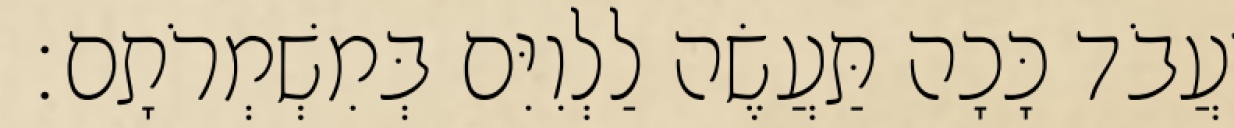
יַעֲבֹד כָּכָה תַּעֲשֶׂה לַלְוִיִּם בְּמִשְׁמְרֹתָם׃